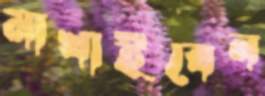
মাখাইবেন